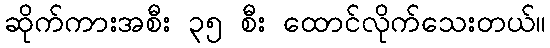
ဆိုက်ကားအစီး ၃၅ စီး ထောင်လိုက်သေးတယ်။